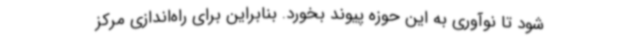
شود تا نوآوری به این حوزه پیوند بخورد. بنابراین برای راه‌اندازی مرکز